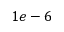
1 e - 6